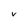
Character: v